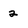
Character: 2